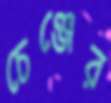
চেঞ্জের